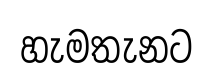
හැමතැනට